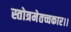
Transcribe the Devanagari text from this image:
स्तोत्रमेतच्चकार।।